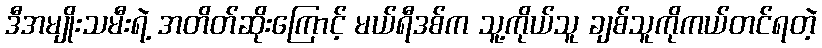
ဒီအမျိုးသမီးရဲ့ အတိတ်ဆိုးကြောင့် မယ်ရီဒစ်က သူ့ကိုယ်သူ ချစ်သူကိုကယ်တင်ရတဲ့